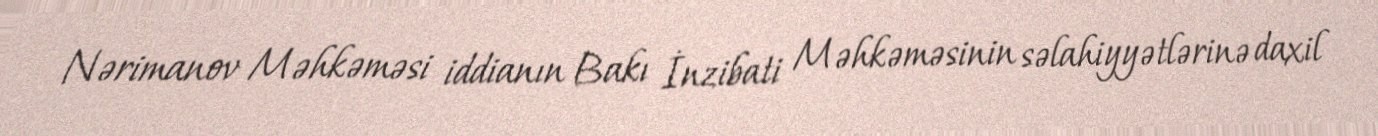
Nərimanov Məhkəməsi iddianın Bakı İnzibati Məhkəməsinin səlahiyyətlərinə daxil